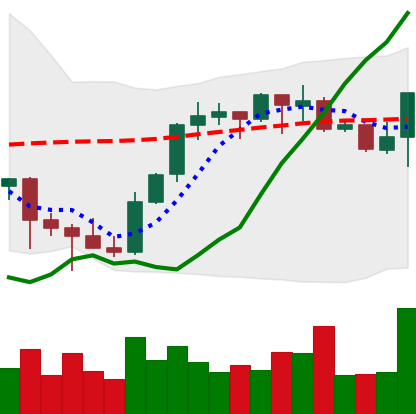
Ticker: BNB-USD
Chart end date: 2021-10-12
Forward return: 6.028%
Label: up_5_7